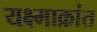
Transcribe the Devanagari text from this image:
यक्ष्माक्रांत